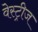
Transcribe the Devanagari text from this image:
वेस्ट्रीज